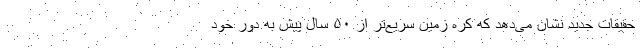
حقیقات جدید نشان می‌دهد که کره زمین سریع‌تر از ۵۰ سال پیش به دور خود